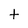
Character: t